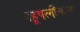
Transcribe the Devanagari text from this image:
बहूपत्नीकत्व